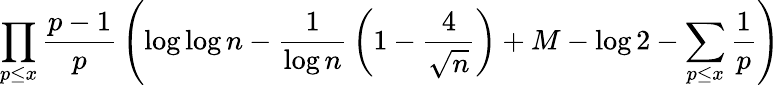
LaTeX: \prod_{p\leq x}{\frac{p-1}{p}}\left(\log\log n-{\frac{1}{\log n}}\left(1-{\frac{4}{\sqrt{n}}}\right)+M-\log 2-\sum_{p\leq x}{\frac{1}{p}}\right)